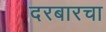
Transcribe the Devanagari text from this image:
दरबारचा